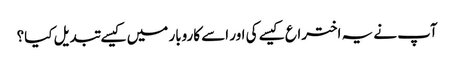
آپ نے یہ اختراع کیسے کی اور اسے کاروبار میں کیسے تبدیل کیا؟